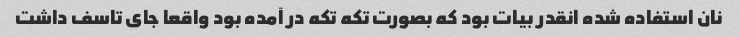
نان استفاده شده انقدر بیات بود که بصورت تکه تکه در آمده بود واقعا جای تاسف داشت